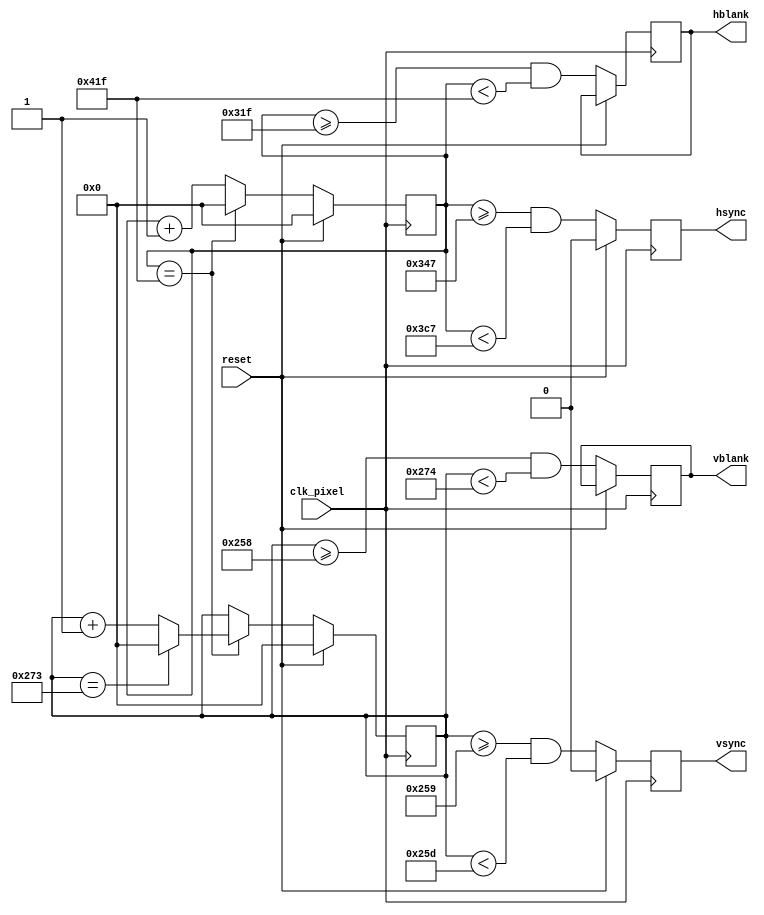
module vga_sync (
  input clk_pixel,
  input reset,

  output hsync,
  output vsync,
  
  output hblank,
  output vblank
);

  // Sync parameters - default 800x600 SVGA
  // These are ordered similar to an X.org modeline
  
  parameter h_pixels        = 800;
  parameter h_sync_start    = h_pixels + 40;             // front porch
  parameter h_sync_end      = h_sync_start + 128;        // sync pulse
  parameter h_line_end      = h_sync_end + 88;           // back porch

  parameter v_lines         = 600;
  parameter v_sync_start    = v_lines + 1;               // front porch
  parameter v_sync_end      = v_sync_start + 4;          // sync pulse
  parameter v_frame_end     = v_sync_end + 23;           // back porch
  
  parameter hsync_polarity = 1;
  parameter vsync_polarity = 1;

  // Counters for current line/column
  reg [10:0] col;
  reg [10:0] line;
  
  initial begin
    col = 0;
    line = 0;
  end

  wire h_done = (col == h_line_end - 1);
  wire v_done = (line == v_frame_end - 1);
  
  reg hsync_reg, vsync_reg;
  reg hblank_reg, vblank_reg;
  
  // increment counters
  always @(posedge clk_pixel)
  begin
    if (reset)
      begin
        col <= 0;
        line <= 0;
        hsync_reg <= 0;
        vsync_reg <= 0;
      end
    else
      begin
        hsync_reg <= (col >= h_sync_start-1 && col < h_sync_end-1);
        vsync_reg <= (line >= v_sync_start && line < v_sync_end);
        hblank_reg <= col >= h_pixels-1 && col < h_line_end - 1;
        vblank_reg <= line >= v_lines && line < v_frame_end;
        
        if(h_done)
          begin
            col <= 0;
            if(v_done)
              line <= 0;
            else
              line <= line + 1;
          end
        else
          col <= col + 1;
      end
  end

  assign hsync = hsync_polarity ? hsync_reg : ~hsync_reg;
  assign vsync = vsync_polarity ? vsync_reg : ~vsync_reg;
  assign hblank = hblank_reg;
  assign vblank = vblank_reg;

endmodule